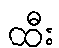
ထီး